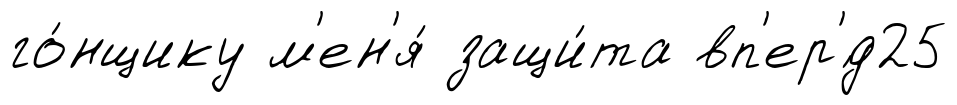
го́нщику м'ен'я́ защи́та вп'ер'́д25